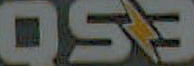
059